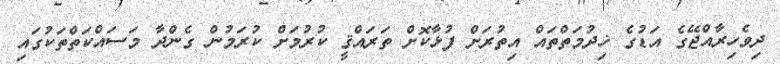
ދިވެހިރާއްޖޭގެ އަޑުގެ ޚިދުމަތްތައް އިތުރަށް ފުޅާކޮށް ތަރައްޤީ ކުރުމަށް ކުރަމުން ގެންދާ މަސައްކަތްތަކުގައި